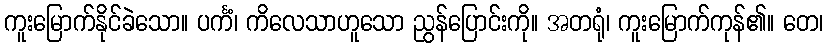
ကူးမြောက်နိုင်ခဲသော။ ပင်္ကံ၊ ကိလေသာဟူသော ညွန်ပြောင်းကို။ အတရုံ၊ ကူးမြောက်ကုန်၏။ တေ၊